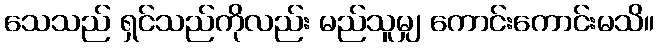
သေသည် ရှင်သည်ကိုလည်း မည်သူမျှ ကောင်းကောင်းမသိ။